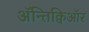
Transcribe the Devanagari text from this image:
ॲन्तिक्विऑर